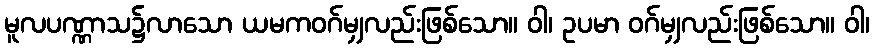
မူလပဏ္ဏာသ၌လာသော ယမကဝဂ်မျှလည်းဖြစ်သော။ ဝါ၊ ဥပမာ ဝဂ်မျှလည်းဖြစ်သော။ ဝါ၊